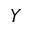
\boldsymbol { Y }